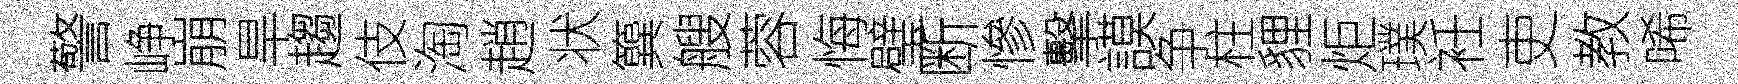
警峥崩旱趨伎淘趙状簨艘蓉悔璧断慘擊謨争柱貍炬璞衽吏教唏